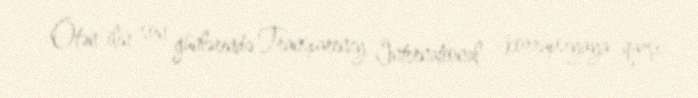
Ötən ilin son günlərində Transparency International - korrupsiyaya qarşı